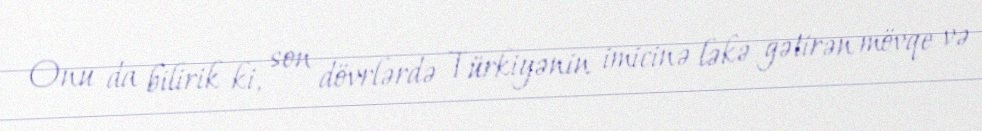
Onu da bilirik ki, son dövrlərdə Türkiyənin imicinə ləkə gətirən mövqe və